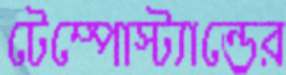
টেম্পোস্ট্যান্ডের